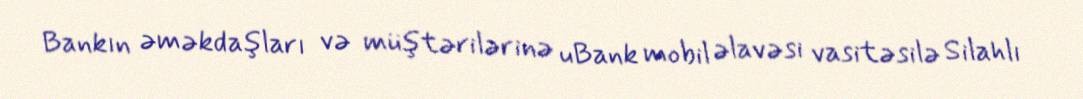
Bankın əməkdaşları və müştərilərinə uBank mobil əlavəsi vasitəsilə Silahlı